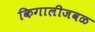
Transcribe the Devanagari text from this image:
किगालीजवळ